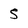
Character: S